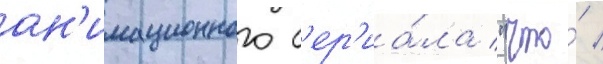
ан'имационного с'ер'иа́ла "что́ /